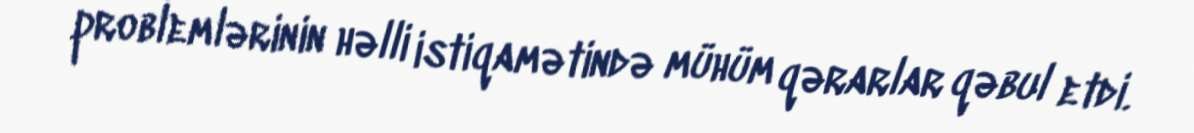
problemlərinin həlli istiqamətində mühüm qərarlar qəbul etdi.